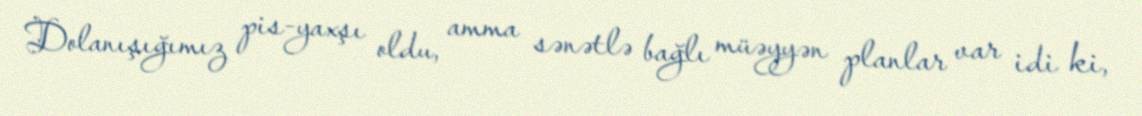
Dolanışığımız pis-yaxşı oldu, amma sənətlə bağlı müəyyən planlar var idi ki,